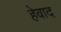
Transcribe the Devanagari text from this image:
हेवाद